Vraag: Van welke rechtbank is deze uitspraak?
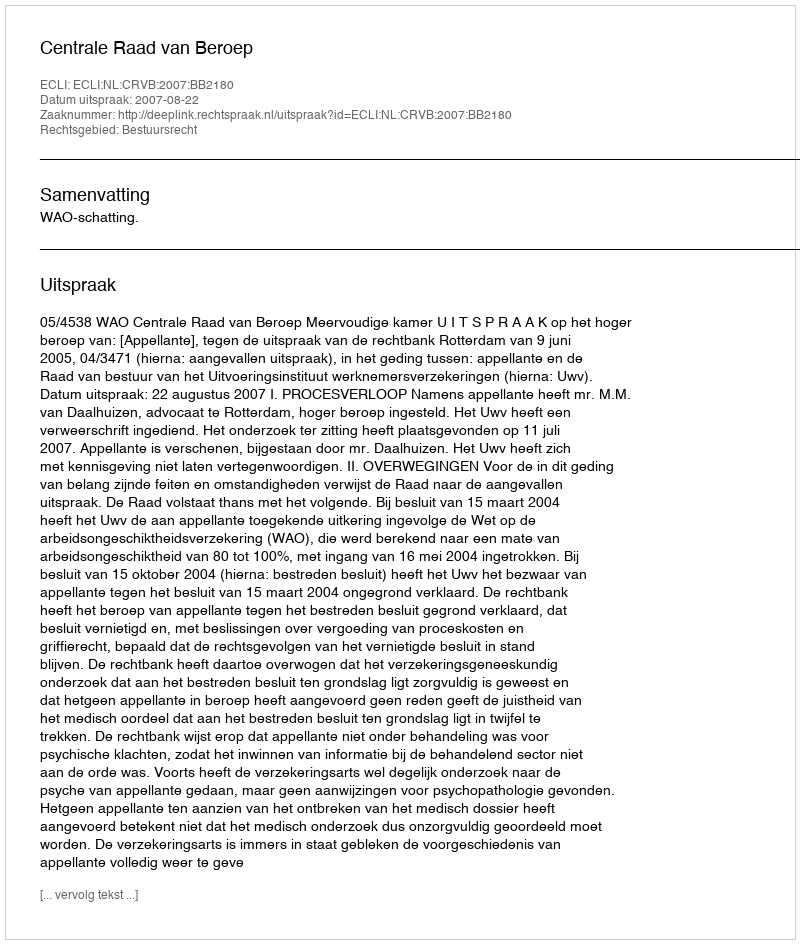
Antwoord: Centrale Raad van Beroep